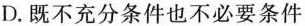
D.既不充分条件也不必要条件